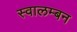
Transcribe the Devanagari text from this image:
स्वालम्बन